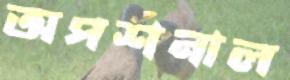
অপশনাল